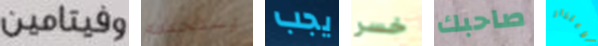
وفيتامين يستخدمه يجب خسر صاحبك الأعتذار